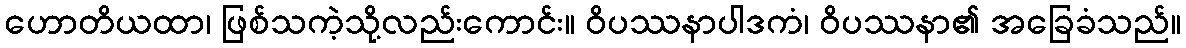
ဟောတိယထာ၊ ဖြစ်သကဲ့သို့လည်းကောင်း။ ဝိပဿနာပါဒကံ၊ ဝိပဿနာ၏ အခြေခံသည်။